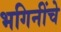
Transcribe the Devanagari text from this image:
भगिनींचे